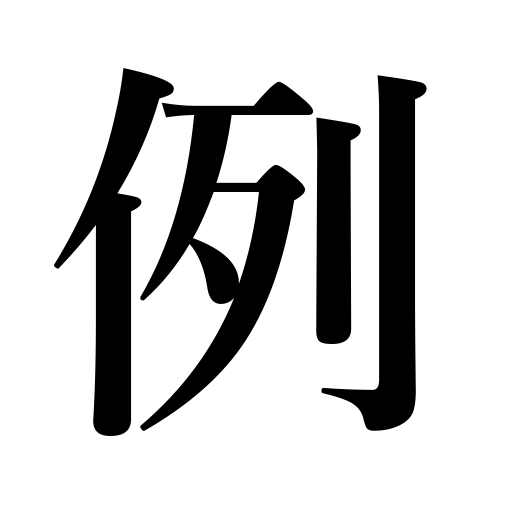
Meanings: precedent,example,usage,illustrate,custom,illustration,parallel,speak figuratively,case,compare to